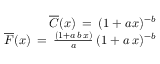
\begin{array} { r } { \overline { { C } } ( x ) \: = \: ( 1 + a x ) ^ { - b } } \\ { \overline { { F } } ( x ) \: = \: \frac { ( 1 + a \, b \, x ) } { a } \: ( 1 + a \, x ) ^ { - b } } \end{array}